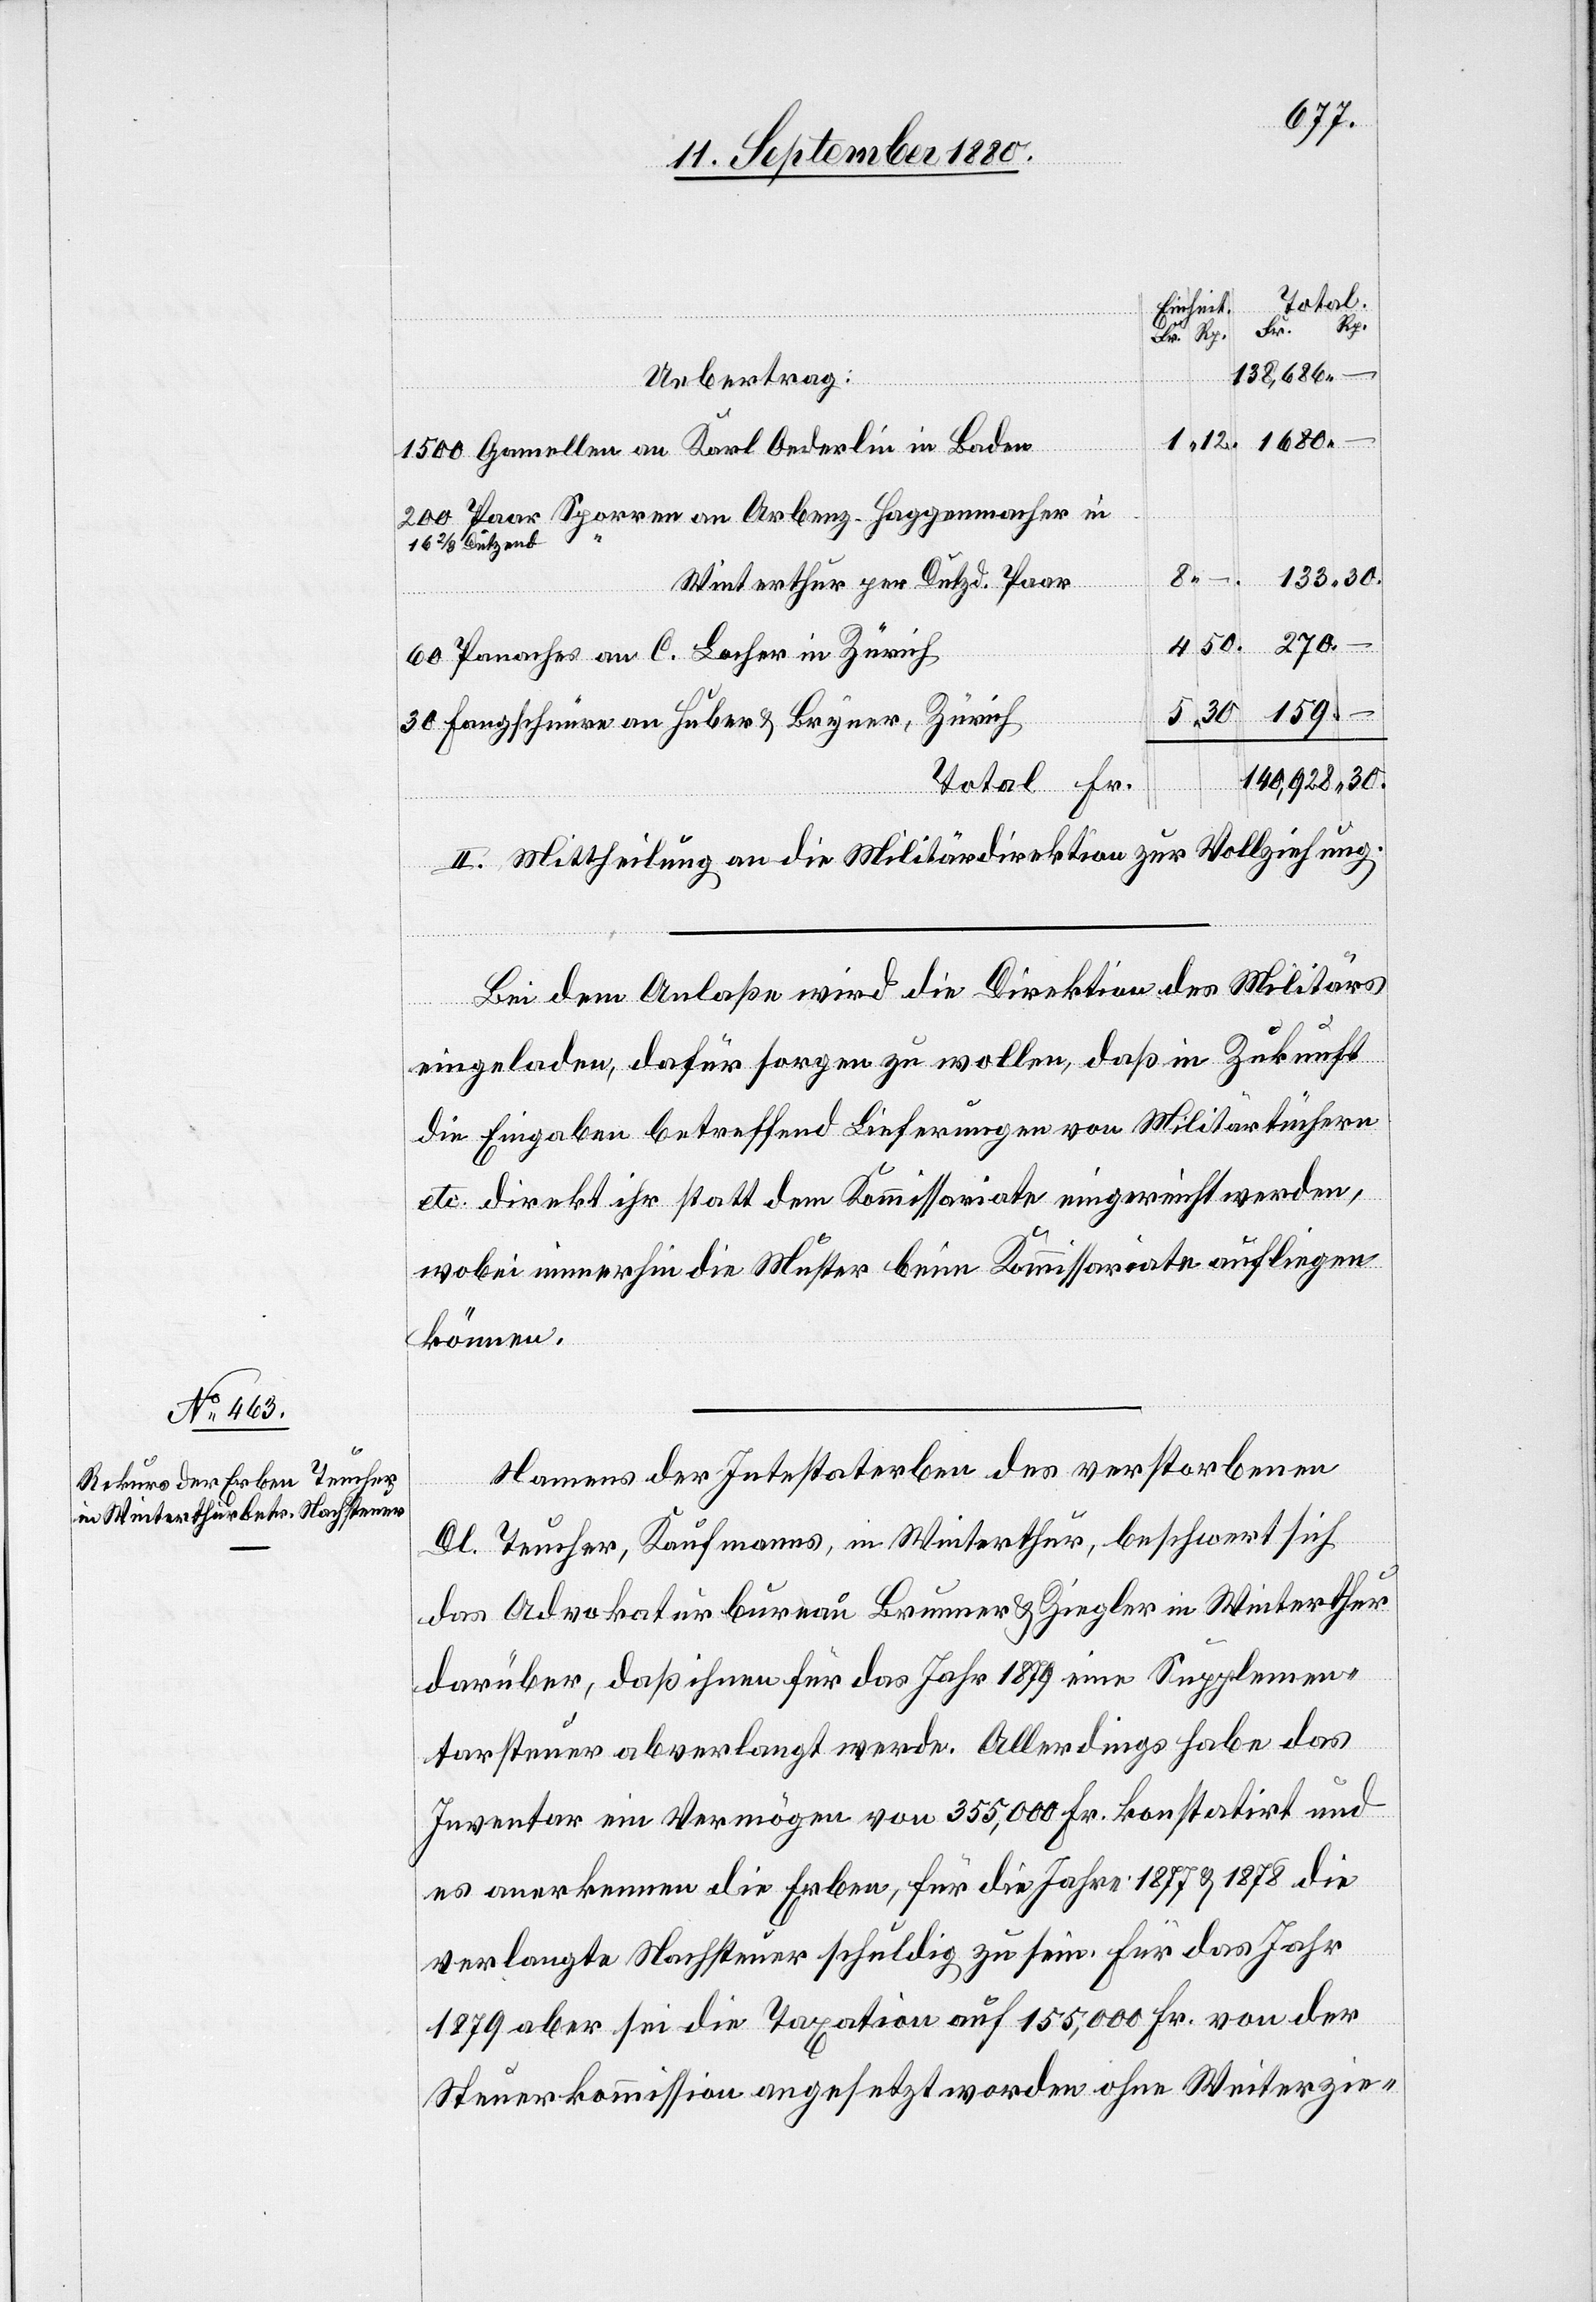
“
Paar Spor¬
–
138,686.
aches
Uebertrag:
1680.
133.
Pan¬
derlin
Winterthur per Dutzd Paar
270.
1500
Bryner,
140,928 30.
Gamellen
Total Fr.
II. Mittheilung an die Militärdirektion zur Vollziehung.
Bei dem Anlaße wird die Direktion des Militärs
159.
eingeladen, dafür sorgen zu wollen, daß in Zukunft
die Eingaben betreffend Lieferungen von Militärtüchern
etc. direkt ihr statt dem Kommissariate eingereicht werden,
wobei immerhin die Muster beim Kommissariate aufliegen
könne.
Namens der Intestaterben des verstorbenen
8.
Kl. Teucher, Kaufmanns, in Winterthur, beschwert sich
das Advokaturbureau Brunner & Ziegler in Winterthur
darüber, daß ihnen für das Jahr 1879 eine Supplemen¬
tarsteuer abverlangt werde. Allerdings habe das
Inventar im Vermögen von 355,000 Fr. konstatirt und
es anerkennen die Erben, für die Jahre 1877 & 1878 die
5.
verlangte Nachsteuer schuldig zu sein für das Jahr
1879 aber sei die Taxation auf 155,000 Fr. von der
Steuerkommission angesetzt worden ohne Weiterzie-